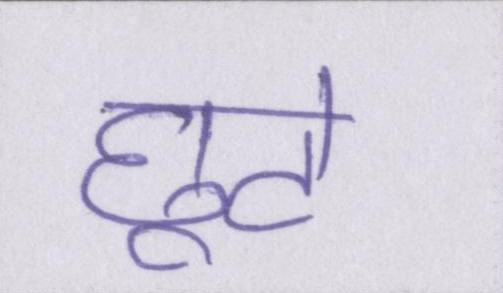
छूटे